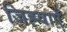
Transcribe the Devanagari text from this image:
जिह्वाएँ